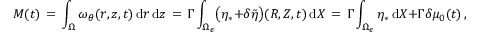
M ( t ) \, = \, \int _ { \Omega } \omega _ { \theta } ( r , z , t ) \, \mathrm { d } r \, \mathrm { d } z \, = \, \Gamma \int _ { \Omega _ { \epsilon } } \bigl ( \eta _ { * } + \delta \tilde { \eta } \bigr ) ( R , Z , t ) \, \mathrm { d } X \, = \, \Gamma \int _ { \Omega _ { \epsilon } } \eta _ { * } \, \mathrm { d } X + \Gamma \delta \mu _ { 0 } ( t ) \, ,